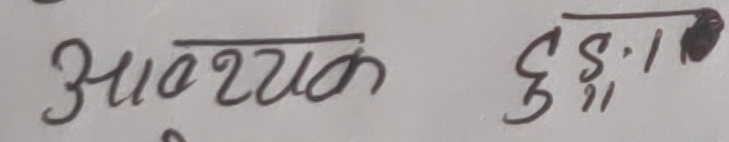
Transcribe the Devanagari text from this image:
आवश्यक छुई